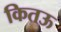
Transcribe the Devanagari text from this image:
कितऊ